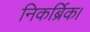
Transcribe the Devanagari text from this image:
निकर्ब्रिक।